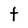
Character: t